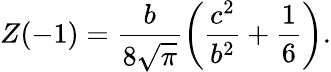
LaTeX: Z(-1)=\frac{b}{8\sqrt{\pi}}\left(\frac{c^{2}}{b^{2}}+\frac{1}{6}\right).